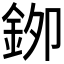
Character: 𮡯